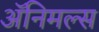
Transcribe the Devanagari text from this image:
अॅनिमल्स